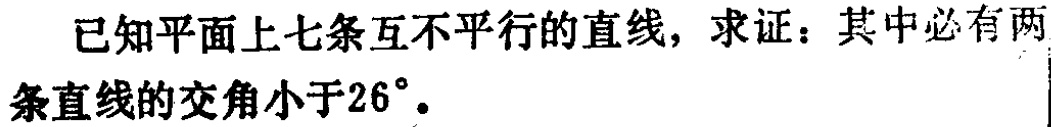
已知平面上七条互不平行的直线，求证：其中必有两条直线的交角小于\(26^{\circ}\)。